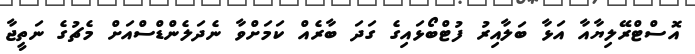
އޮސްޓްރޭލިޔާއާ އަޅާ ބަލާއިރު ފުޓްބޯޅައިގެ ގަދަ ބާރެއް ކަމަށްވާ ނެދަލެންޑްސްއަށް މެޗުގެ ނަތީޖާ